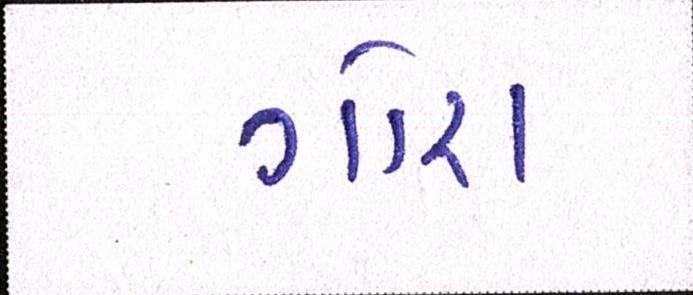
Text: ગોરા